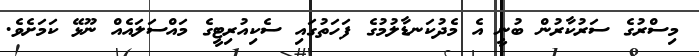
މިސްރުގެ ސަރުކާރުން ބުނީ އެ މެދުކަނޑާލުމުގެ ފަހަތުގައި ސެކިއުރިޓީގެ މައްސަލައެއް ނޫޅޭ ކަމަށެވެ.